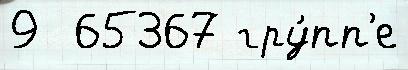
9  65367 гру́пп'е